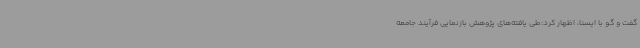
گفت و گو با ایسنا، اظهار کرد:طی یافته‌های پژوهش بازنمایی فرآیند جامعه